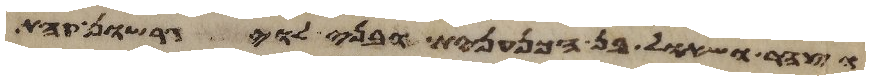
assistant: וצהר ושאול בן הכנענית ובני לוי גרשון קהת